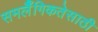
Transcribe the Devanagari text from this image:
समलैँगिकतेसाठी